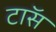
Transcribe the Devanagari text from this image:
टाॅस